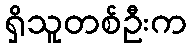
ရှိသူတစ်ဦးက